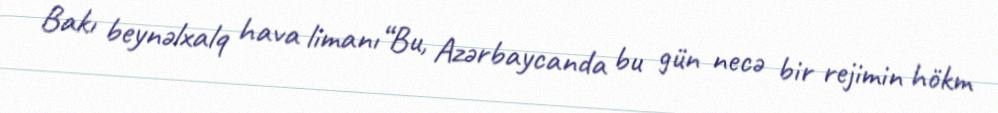
Bakı beynəlxalq hava limanı“Bu, Azərbaycanda bu gün necə bir rejimin hökm